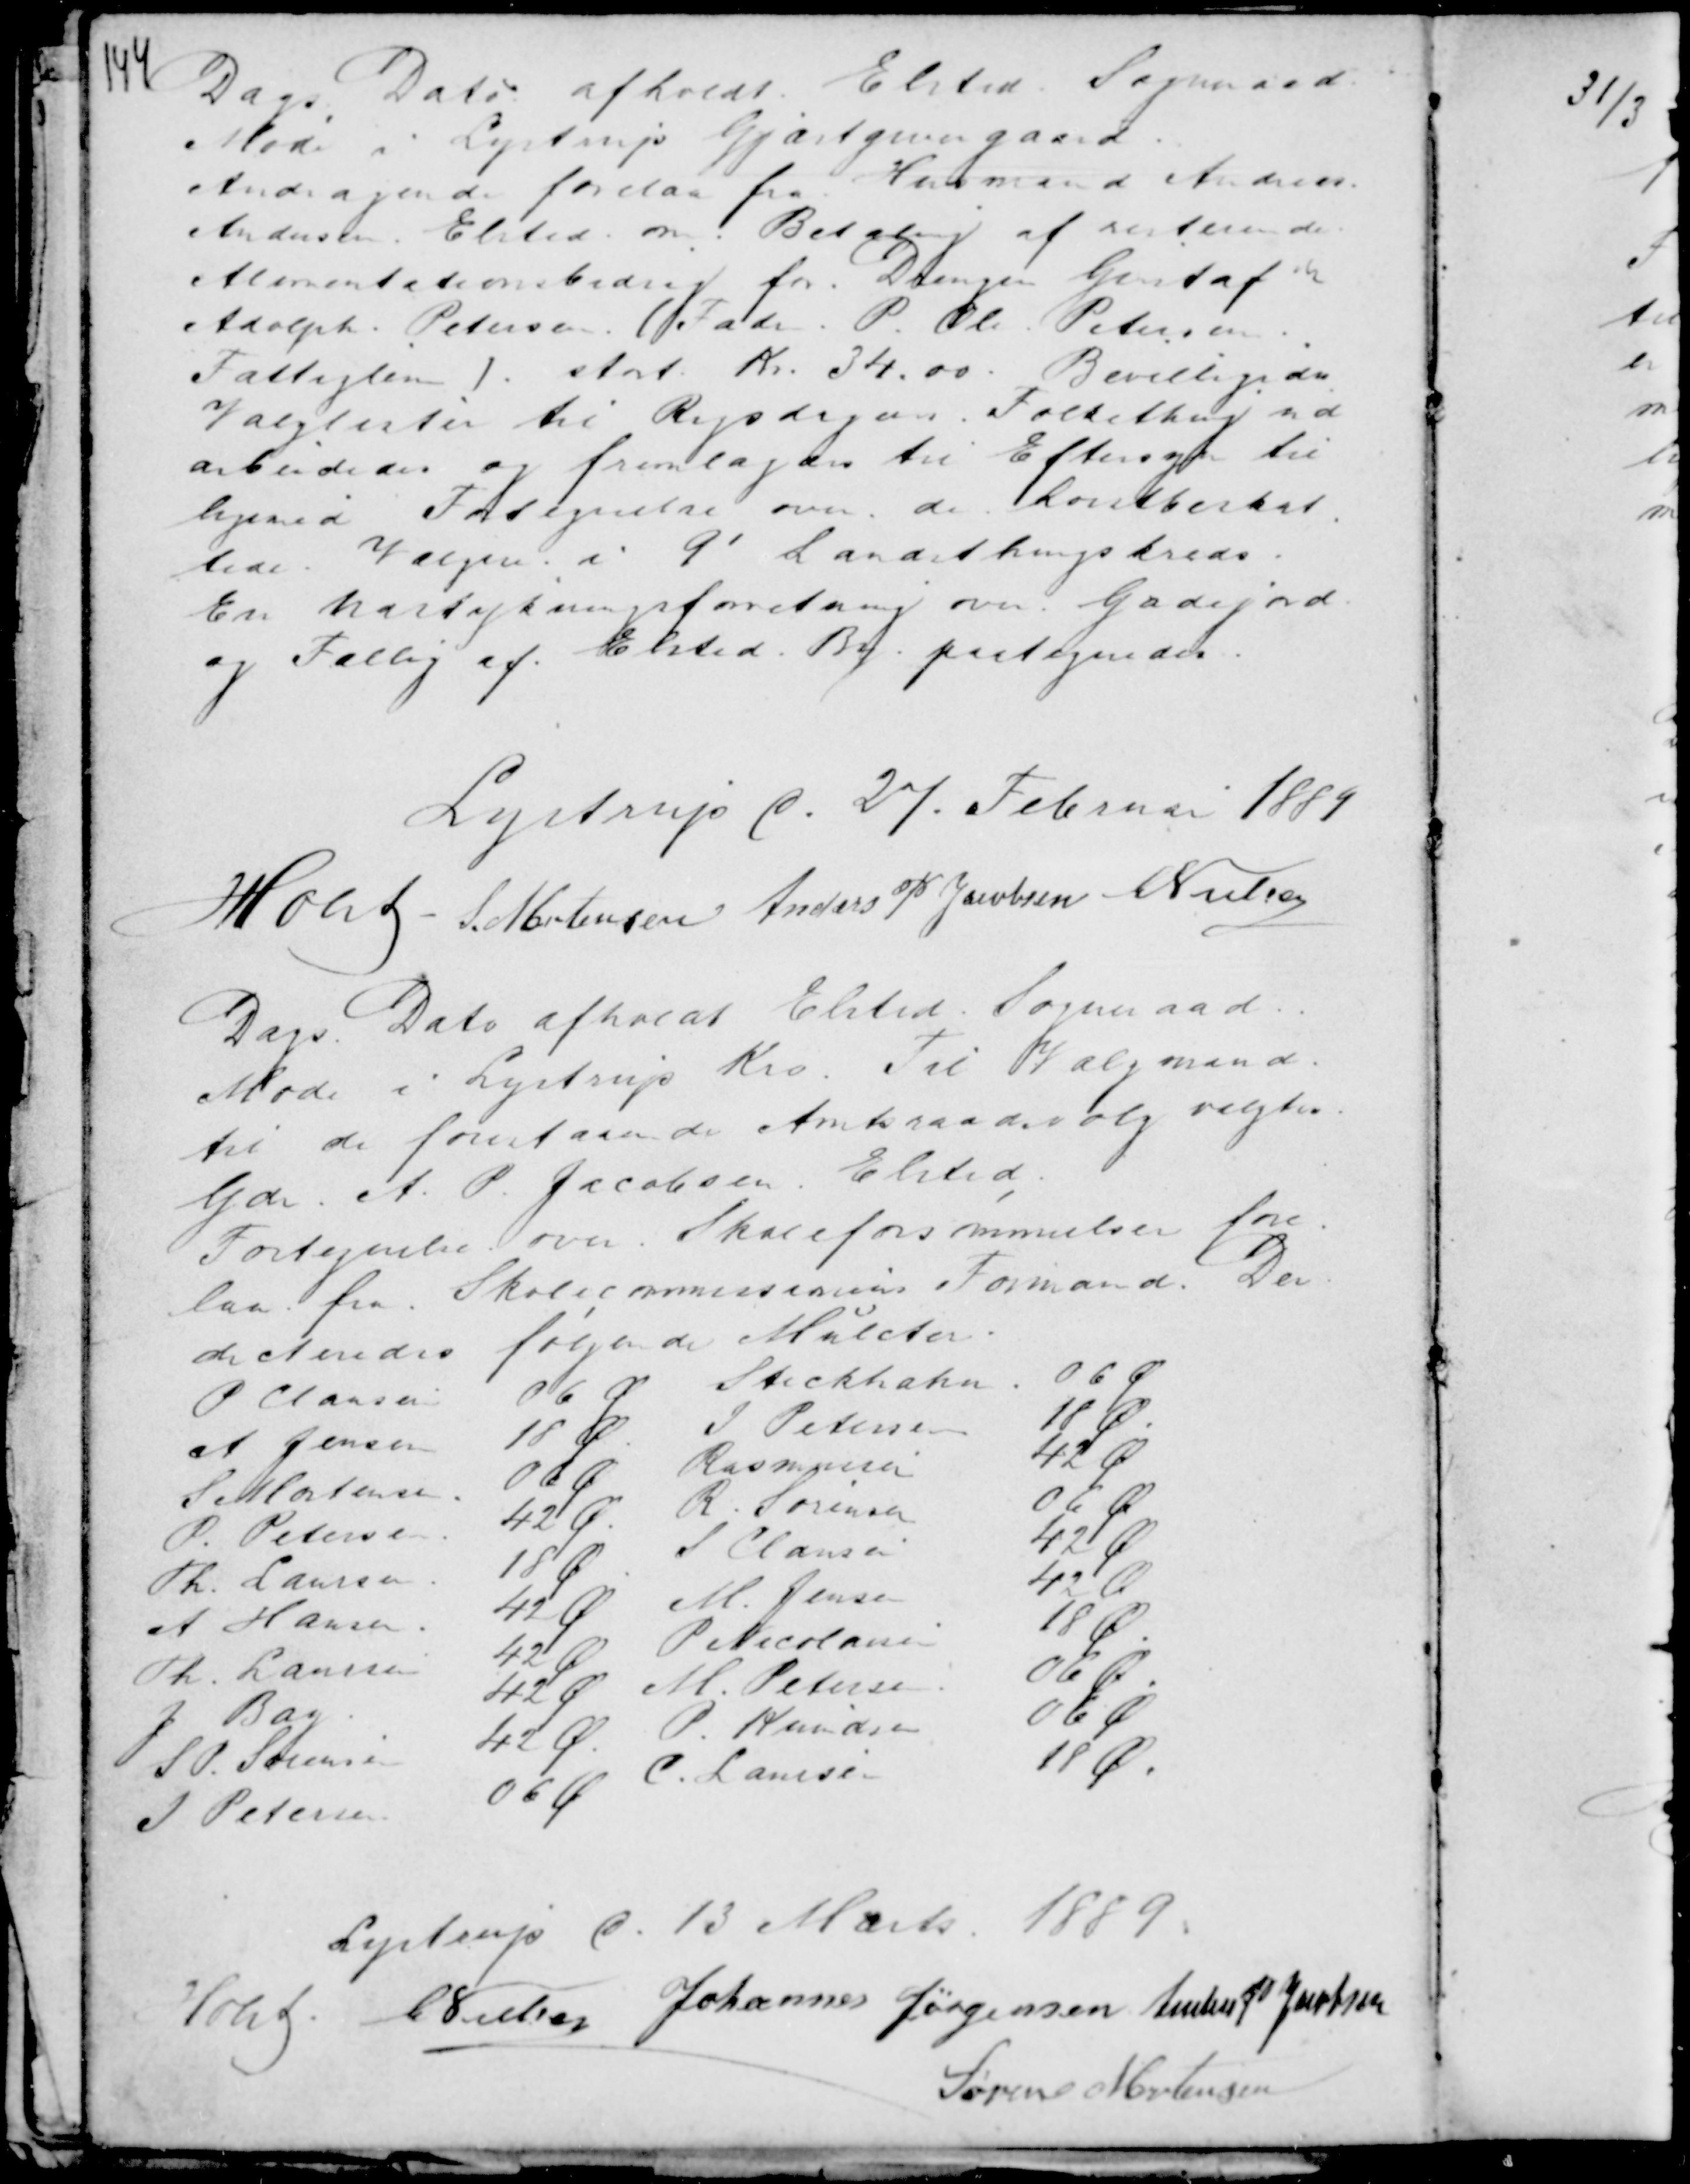
Transskription:
Dags Dato afholdt Elsted Sogneraad
Møde i Lystrup Gjæstgivergaard.
Andragende forelaa fra Husmand Andreas
Andersen. Elsted om Betaling af resterende
Alimentationsbidrag for Drengen Gustaf
Adolph Petersen. (Fader P. Ole Petersen
Fattiglem ) stort Kr. 34.00. Bevilligedes
Valglisten til Rigsdagens Folkething ud
arbeidedes og fremlagdes til Eftersyn til
ligemed Fortegnelse over de Høistbeskat
tede. Vælgere i 9' Landsthingskreds
En hartykningsforretning over Gadejord
og Fallig af Elsted By paategnedes.

Lystrup d. 27. Februar 1889
Holst - S. Mortensen Anders P Jacobsen C Nielsen

Dags Dato afholdt Elsted Sogneraad
Møde i Lystrup Kro. Til Valgmand
til de forestaaende Amtsraadsvalg valgtes
Gdr A. P. Jacobsen. Elsted.
Fortegnelse over Skoleforsømmelser fore-
laa fra Skolecommissionens Formand. Der
dicteredes følgende Mulcter.

Lystrup d. 13 Marts 1889.
Holst . C Nielsen Johannes Jørgensen Anders P Jacobsen
Søren Mortensen